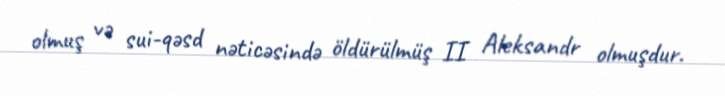
olmuş və sui-qəsd nəticəsində öldürülmüş II Aleksandr olmuşdur.